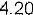
4.20